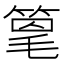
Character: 𫂌